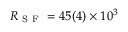
R _ { \mathrm { ~ S ~ F ~ } } = 4 5 ( 4 ) \times 1 0 ^ { 3 }